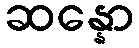
ဆန္နော